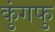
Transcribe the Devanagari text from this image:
कुंगफु